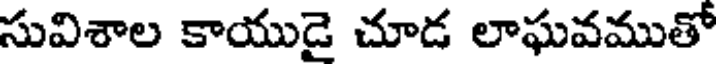
సువిశాల కాయుడై చూడ లాఘవముతో